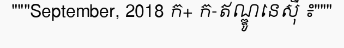
"""September, 2018 ក+ ក-ឥណ្ឌូនេស៊ី ៖"""